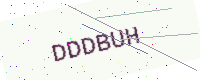
Text: DDDBUH